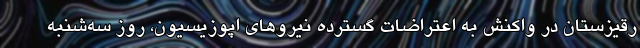
رقیزستان در واکنش به اعتراضات گسترده نیروهای اپوزیسیون، روز سه‌شنبه